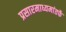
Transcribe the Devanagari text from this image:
प्रसारमाध्यमांतर्फे